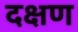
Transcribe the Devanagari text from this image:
दक्षण